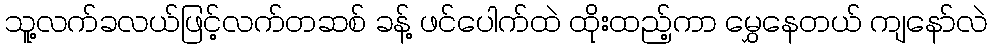
သူ့လက်ခလယ်ဖြင့်လက်တဆစ် ခန့် ဖင်ပေါက်ထဲ ထိုးထည့်ကာ မွှေနေတယ် ကျနော်လဲ